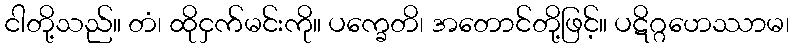
ငါတို့သည်။ တံ၊ ထိုငှက်မင်းကို။ ပက္ခေတိ၊ အတောင်တို့ဖြင့်။ ပဋိဂ္ဂဟေဿာမ၊